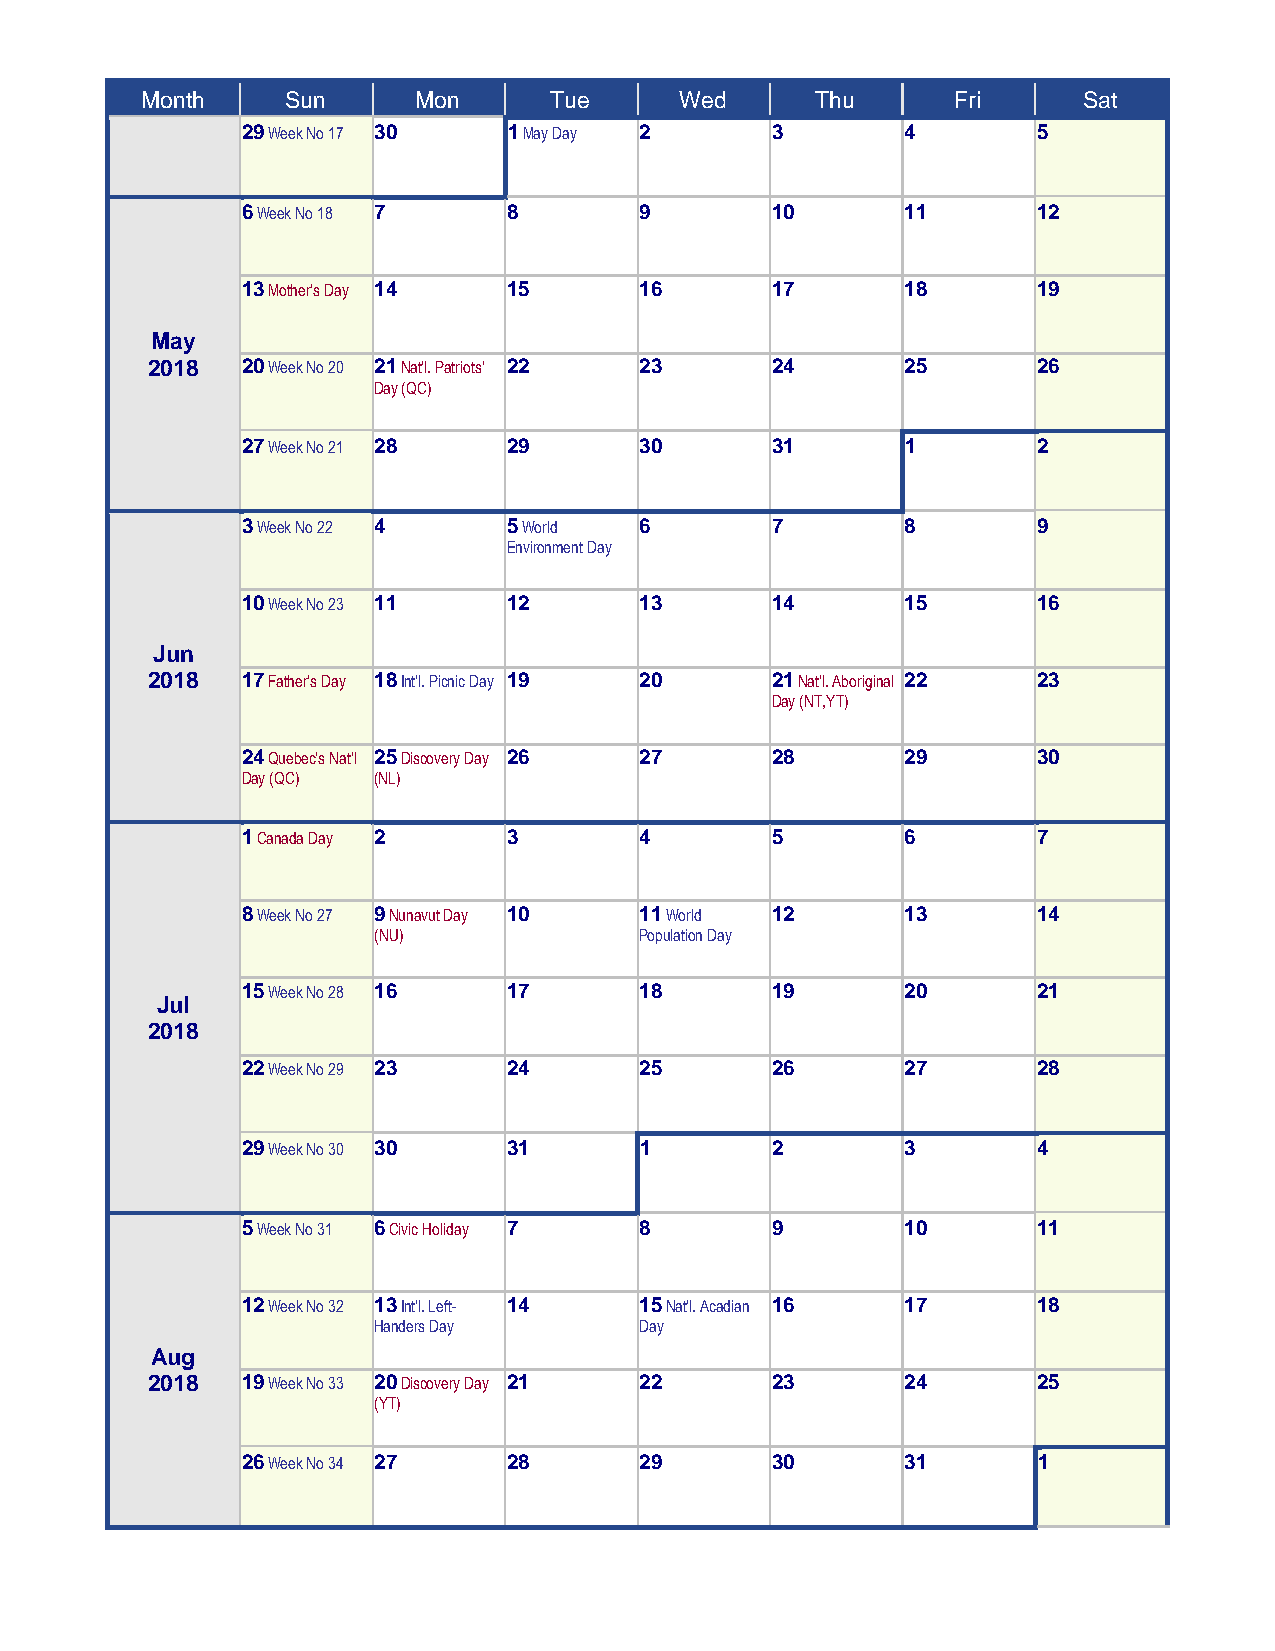
Month     Sun     Mon      Tue      Wed      Thu      Fri      Sat
 29 Week No 17 30  1 May Day 2      3        4        5
 6 Week No 18 7    8       9        10       11       12
 13 Mother's Day 14 15     16       17       18       19
 May
 2018  20 Week No 20 21 Nat'l. Patriots' 22 23 24  25       26
 Day (QC)
 27 Week No 21 28  29      30       31       1        2
 3 Week No 22 4    5 World 6        7        8        9
 Environment Day
 10 Week No 23 11  12      13       14       15       16
 Jun
 2018  17 Father's Day 18 Int'l. Picnic Day 19 20 21 Nat'l. Aboriginal 22 23
 Day (NT,YT)
 24 Quebec's Nat'l 25 Discovery Day 26 27 28 29       30
 Day (QC) (NL)
 1 Canada Day 2    3       4        5        6        7
 8 Week No 27 9 Nunavut Day 10 11 World 12   13       14
 (NU)             Population Day
 15 Week No 28 16  17      18       19       20       21
 Jul
 2018
 22 Week No 29 23  24      25       26       27       28
 29 Week No 30 30  31      1        2        3        4
 5 Week No 31 6 Civic Holiday 7 8   9        10       11
 12 Week No 32 13 Int'l. Left- 14 15 Nat'l. Acadian 16 17 18
 Handers Day      Day
 Aug
 2018  19 Week No 33 20 Discovery Day 21 22 23     24       25
 (YT)
 26 Week No 34 27  28      29       30       31       1